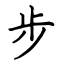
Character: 步